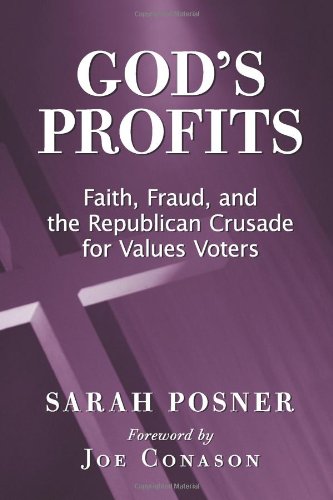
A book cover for God's Profits: Faith, Fraud, and the Republican Crusade for Values Voters; Sarah Posner; Christian Books & Bibles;